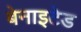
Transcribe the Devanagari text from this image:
बेनाइटेड